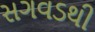
સગવડથી